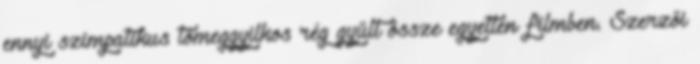
ennyi szimpatikus tömeggyilkos rég gyűlt össze egyetlen filmben. Szerzői